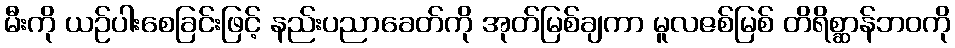
မီးကို ယဉ်ပါးစေခြင်းဖြင့် နည်းပညာခေတ်ကို အုတ်မြစ်ချကာ မူလဇစ်မြစ် တိရိစ္ဆာန်ဘဝကို